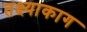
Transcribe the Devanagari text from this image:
तक्ष्याकाग